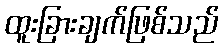
ထူးခြားချက်ဖြစ်သည်